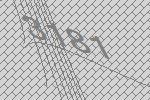
3181